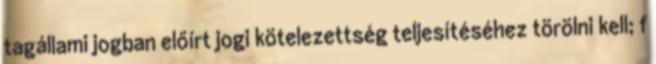
tagállami jogban előírt jogi kötelezettség teljesítéséhez törölni kell; f